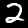
Digit: 2